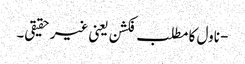
- ناول کا مطلب فکشن یعنی غیر حقیقی۔